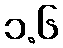
၁.၆